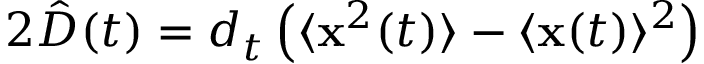
2 \hat { D } ( t ) = d _ { t } \left( \langle \mathbf { x } ^ { 2 } ( t ) \rangle - \langle \mathbf { x } ( t ) \rangle ^ { 2 } \right)